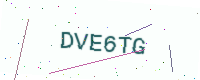
Text: DVE6TG